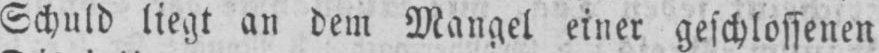
Schuld liegt an dem Mangel einer geschlossenen